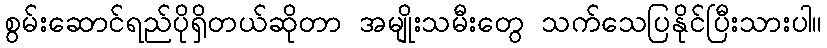
စွမ်းဆောင်ရည်ပိုရှိတယ်ဆိုတာ အမျိုးသမီးတွေ သက်သေပြနိုင်ပြီးသားပါ။